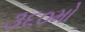
૩૬૦મો